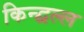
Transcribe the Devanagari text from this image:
किन्द्वल्ल